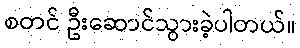
စတင် ဦးဆောင်သွားခဲ့ပါတယ်။